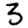
Digit: 3